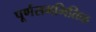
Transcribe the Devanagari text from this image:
पूर्णसममितिक